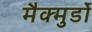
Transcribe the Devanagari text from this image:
मैक्मुर्डो